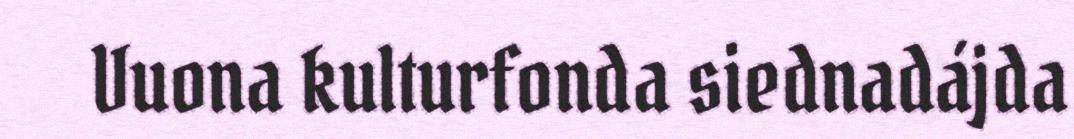
Vuona kulturfonda siednadájda